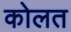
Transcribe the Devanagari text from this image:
कोलत